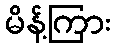
မိန့်ကြား